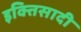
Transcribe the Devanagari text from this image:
इक्तिसादी